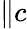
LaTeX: \| c